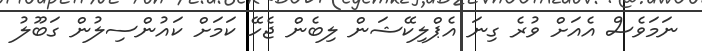
ނަމަވެސް އެއަށް ވުރެ ގިނަ އެޕްލިކޭޝަން ލިބެން ޖެހޭ ކަމަށް ކައުންސިލުން ގަބޫލު